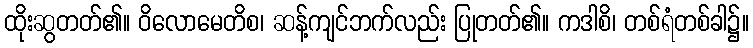
ထိုးဆွတတ်၏။ ဝိလောမေတိစ၊ ဆန့်ကျင်ဘက်လည်း ပြုတတ်၏။ ကဒါစိ၊ တစ်ရံတစ်ခါ၌။